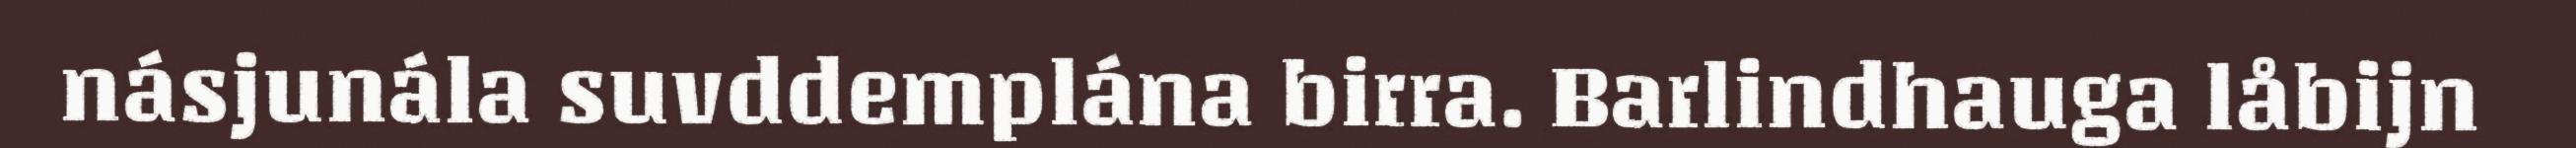
násjunála suvddemplána birra. Barlindhauga låbijn